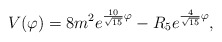
\begin{align*}V(\varphi)=8m^2e^{{10\over\sqrt{15}}\varphi} -R_5e^{{4\over\sqrt{15}}\varphi},\end{align*}